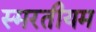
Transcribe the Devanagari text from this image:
स्मरतीयम